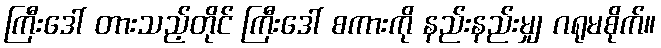
ကြီးဒေါ် တားသည့်တိုင် ကြီးဒေါ် စကားကို နည်းနည်းမျှ ဂရုမစိုက်။